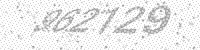
Solution: 962129